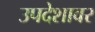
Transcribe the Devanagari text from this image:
उपदेशावर